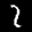
Label: 2